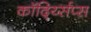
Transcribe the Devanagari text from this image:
कॉर्द्य्सिप्स